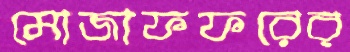
মোজাফফরের